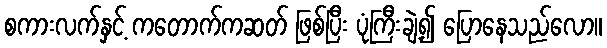
စကားလက်နှင့် ကတောက်ကဆတ် ဖြစ်ပြီး ပုံကြီးချဲ့၍ ပြောနေသည်လော။